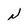
Character: N